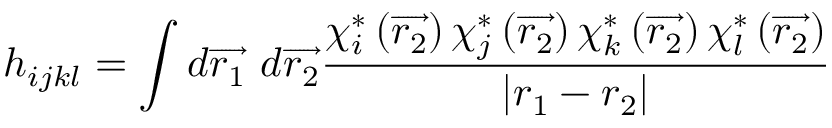
h _ { i j k l } = \int d \overrightarrow { r _ { 1 } } \ d \overrightarrow { r _ { 2 } } \frac { \chi _ { i } ^ { * } \left( \overrightarrow { r _ { 2 } } \right) \chi _ { j } ^ { * } \left( \overrightarrow { r _ { 2 } } \right) \chi _ { k } ^ { * } \left( \overrightarrow { r _ { 2 } } \right) \chi _ { l } ^ { * } \left( \overrightarrow { r _ { 2 } } \right) } { \left| r _ { 1 } - r _ { 2 } \right| }